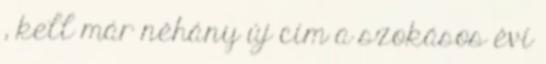
, kell már néhány új cím a szokásos évi